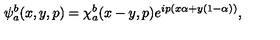
\psi _ { a } ^ { b } ( x , y , p ) = \chi _ { a } ^ { b } ( x - y , p ) e ^ { i p ( x \alpha + y ( 1 - \alpha ) ) } ,